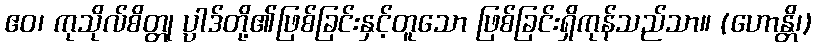
ဧဝ၊ ကုသိုလ်စိတ္တု ပ္ပါဒ်တို့၏ဖြစ်ခြင်းနှင့်တူသော ဖြစ်ခြင်းရှိကုန်သည်သာ။ (ဟောန္တိ၊)